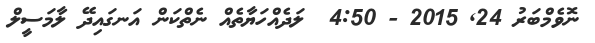
ނޮވެމްބަރު 24